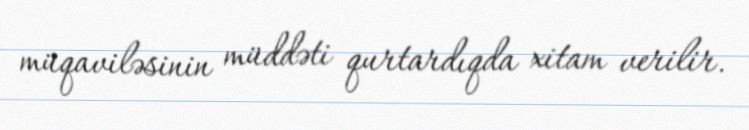
müqaviləsinin müddəti qurtardıqda xitam verilir.